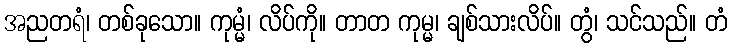
အညတရံ၊ တစ်ခုသော။ ကုမ္မံ၊ လိပ်ကို။ တာတ ကုမ္မ၊ ချစ်သားလိပ်။ တွံ၊ သင်သည်။ တံ